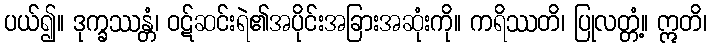
ပယ်၍။ ဒုက္ခဿန္တံ၊ ဝဋ်ဆင်းရဲ၏အပိုင်းအခြားအဆုံးကို။ ကရိဿတိ၊ ပြုလတ္တံ့။ ဣတိ၊